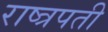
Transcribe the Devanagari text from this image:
राष्त्रपती